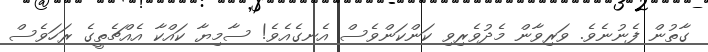
ގާތުން ފެނުނެވެ. ވަރިވާން މެދުވެރިވި ކަންކަންވެސް އެނގެއެވެ! ސާމިޔާ ކައްކާ އެއްޗެތީގެ ރަހަވެސް